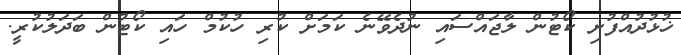
ޚުޅުދުއްފުށި ކޯޓުން ލާޖައްސައި ނުދެވޭނެ ކަމަށް ކުރި ހުކުމް ހައި ކޯޓުން ބަދަލުކުރީ.